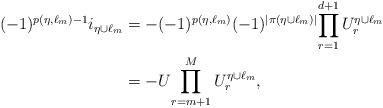
\begin{align*}(-1)^{p(\eta,\ell_{m})-1} i_{\eta\cup \ell_{m}}&= -(-1)^{p(\eta,\ell_{m})} (-1)^{|\pi(\eta\cup \ell_{m})|}{\prod_{r=1}^{d+1}U^{\eta\cup \ell_{m}}_{r}} \\&=-U{\prod_{r=m+1}^M U^{\eta\cup \ell_{m}}_{r}} ,\end{align*}